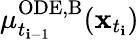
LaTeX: \mu_{t_{\mathbf{i}-1}}^{\mathrm{{ODE,B}}}(\mathbf{{x}}_{t_{\mathbf{i}}})